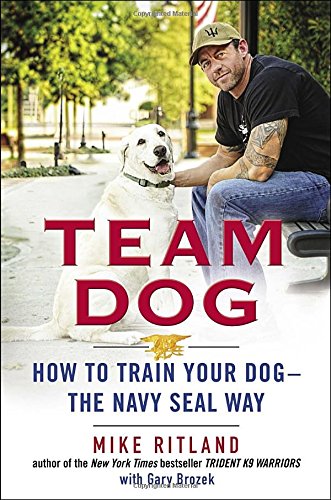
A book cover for Team Dog: How to Train Your Dog--the Navy SEAL Way; Mike Ritland; Crafts, Hobbies & Home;